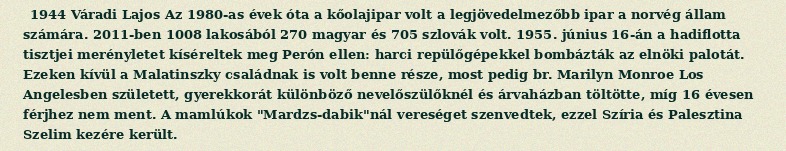
1944 Váradi Lajos Az 1980-as évek óta a kőolajipar volt a legjövedelmezőbb ipar a norvég állam számára. 2011-ben 1008 lakosából 270 magyar és 705 szlovák volt. 1955. június 16-án a hadiflotta tisztjei merényletet kíséreltek meg Perón ellen: harci repülőgépekkel bombázták az elnöki palotát. Ezeken kívül a Malatinszky családnak is volt benne része, most pedig br. Marilyn Monroe Los Angelesben született, gyerekkorát különböző nevelőszülőknél és árvaházban töltötte, míg 16 évesen férjhez nem ment. A mamlúkok "Mardzs-dabik"nál vereséget szenvedtek, ezzel Szíria és Palesztina Szelim kezére került.